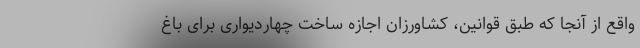
واقع از آنجا که طبق قوانین، کشاورزان اجازه ساخت چهاردیواری برای باغ